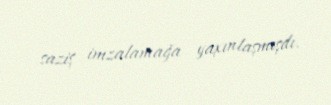
saziş imzalamağa yaxınlaşmışdı.